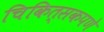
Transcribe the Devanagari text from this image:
चिकित्सकपणे